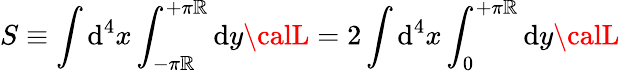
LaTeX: S\equiv\int\mathrm{d}^{4}x\int_{-\pi\mathbb{R}}^{+\pi\mathbb{R}}\mathrm{d}y{\calL}=2\int\mathrm{d}^{4}x\int_{0}^{+\pi\mathbb{R}}\mathrm{d}y{\calL}